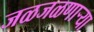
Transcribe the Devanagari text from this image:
जळजळणार्‍या